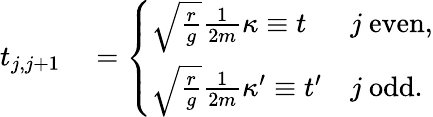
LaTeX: \begin{array}{rl}{t_{j,j+1}}&{{}=\left\{ \begin{array}{ll}{\sqrt{\frac{r}{g}}\frac{1}{2m}\kappa\equiv t}&{j\ \mathrm{even},}\\ {\sqrt{\frac{r}{g}}\frac{1}{2m}\kappa^{\prime}\equiv t^{\prime}}&{j\ \mathrm{odd}.}\end{array}\right.}\end{array}